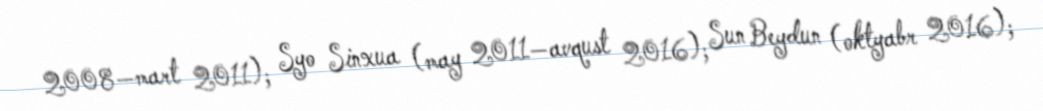
2008—mart 2011); Syo Sinxua (may 2011—avqust 2016); Sun Beydun (oktyabr 2016);